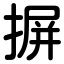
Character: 摒